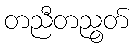
တညီတညွတ်